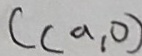
C ( a , 0 )